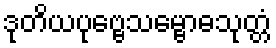
ဒုတိယပုဗ္ဗေသမ္ဗောဓသုတ္တံ